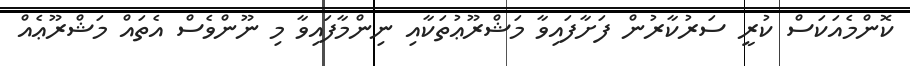
ކޮންމެއަކަސް ކުރީ ސަރުކާރުން ފަށާފައިވާ މަޝްރޫޢުތަކާއި ނިންމާފައިވާ މި ނޫންވެސް އެތައް މަޝްރޫޢެއް